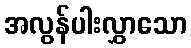
အလွန်ပါးလွှာသော